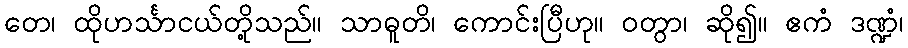
တေ၊ ထိုဟင်္သာငယ်တို့သည်။ သာဓူတိ၊ ကောင်းပြီဟု။ ဝတွာ၊ ဆို၍။ ဧကံ ဒဏ္ဍံ၊